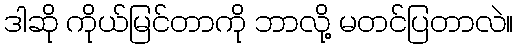
ဒါဆို ကိုယ်မြင်တာကို ဘာလို့ မတင်ပြတာလဲ။